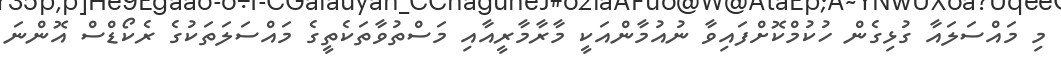
މި މައްސަލައާ ގުޅިގެން ހުކުމްކޮށްފައިވާ ނުއުމާންއަކީ މާރާމާރީއާއި މަސްތުވާތަކެތީގެ މައްސަލަތަކުގެ ރެކޯޑްސް އޮންނަ